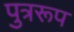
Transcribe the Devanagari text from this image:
पुत्ररूप